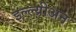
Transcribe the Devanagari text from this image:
इल्ल्य्रीअन